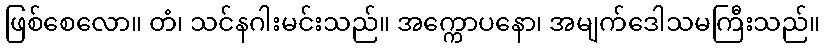
ဖြစ်စေလော။ တံ၊ သင်နဂါးမင်းသည်။ အက္ကောပနော၊ အမျက်ဒေါသမကြီးသည်။